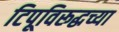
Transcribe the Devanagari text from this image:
टिपूविरूद्धच्या